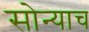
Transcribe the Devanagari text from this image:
सोन्याच